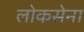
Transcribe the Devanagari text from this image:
लोकसेना